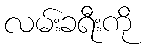
လမ်းခရီးကို